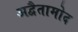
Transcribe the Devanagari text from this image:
अद्वैतामोद